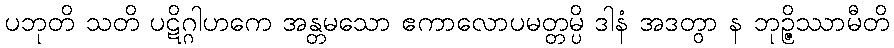
ပဘုတိ သတိ ပဋိဂ္ဂါဟကေ အန္တမသော ဧကာလောပမတ္တမ္ပိ ဒါနံ အဒတွာ န ဘုဉ္ဇိဿာမီတိ